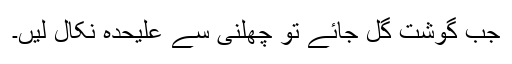
جب گوشت گل جائے تو چھلنی سے علیحدہ نِکال لیں۔